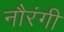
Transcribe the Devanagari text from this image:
नौरंगी